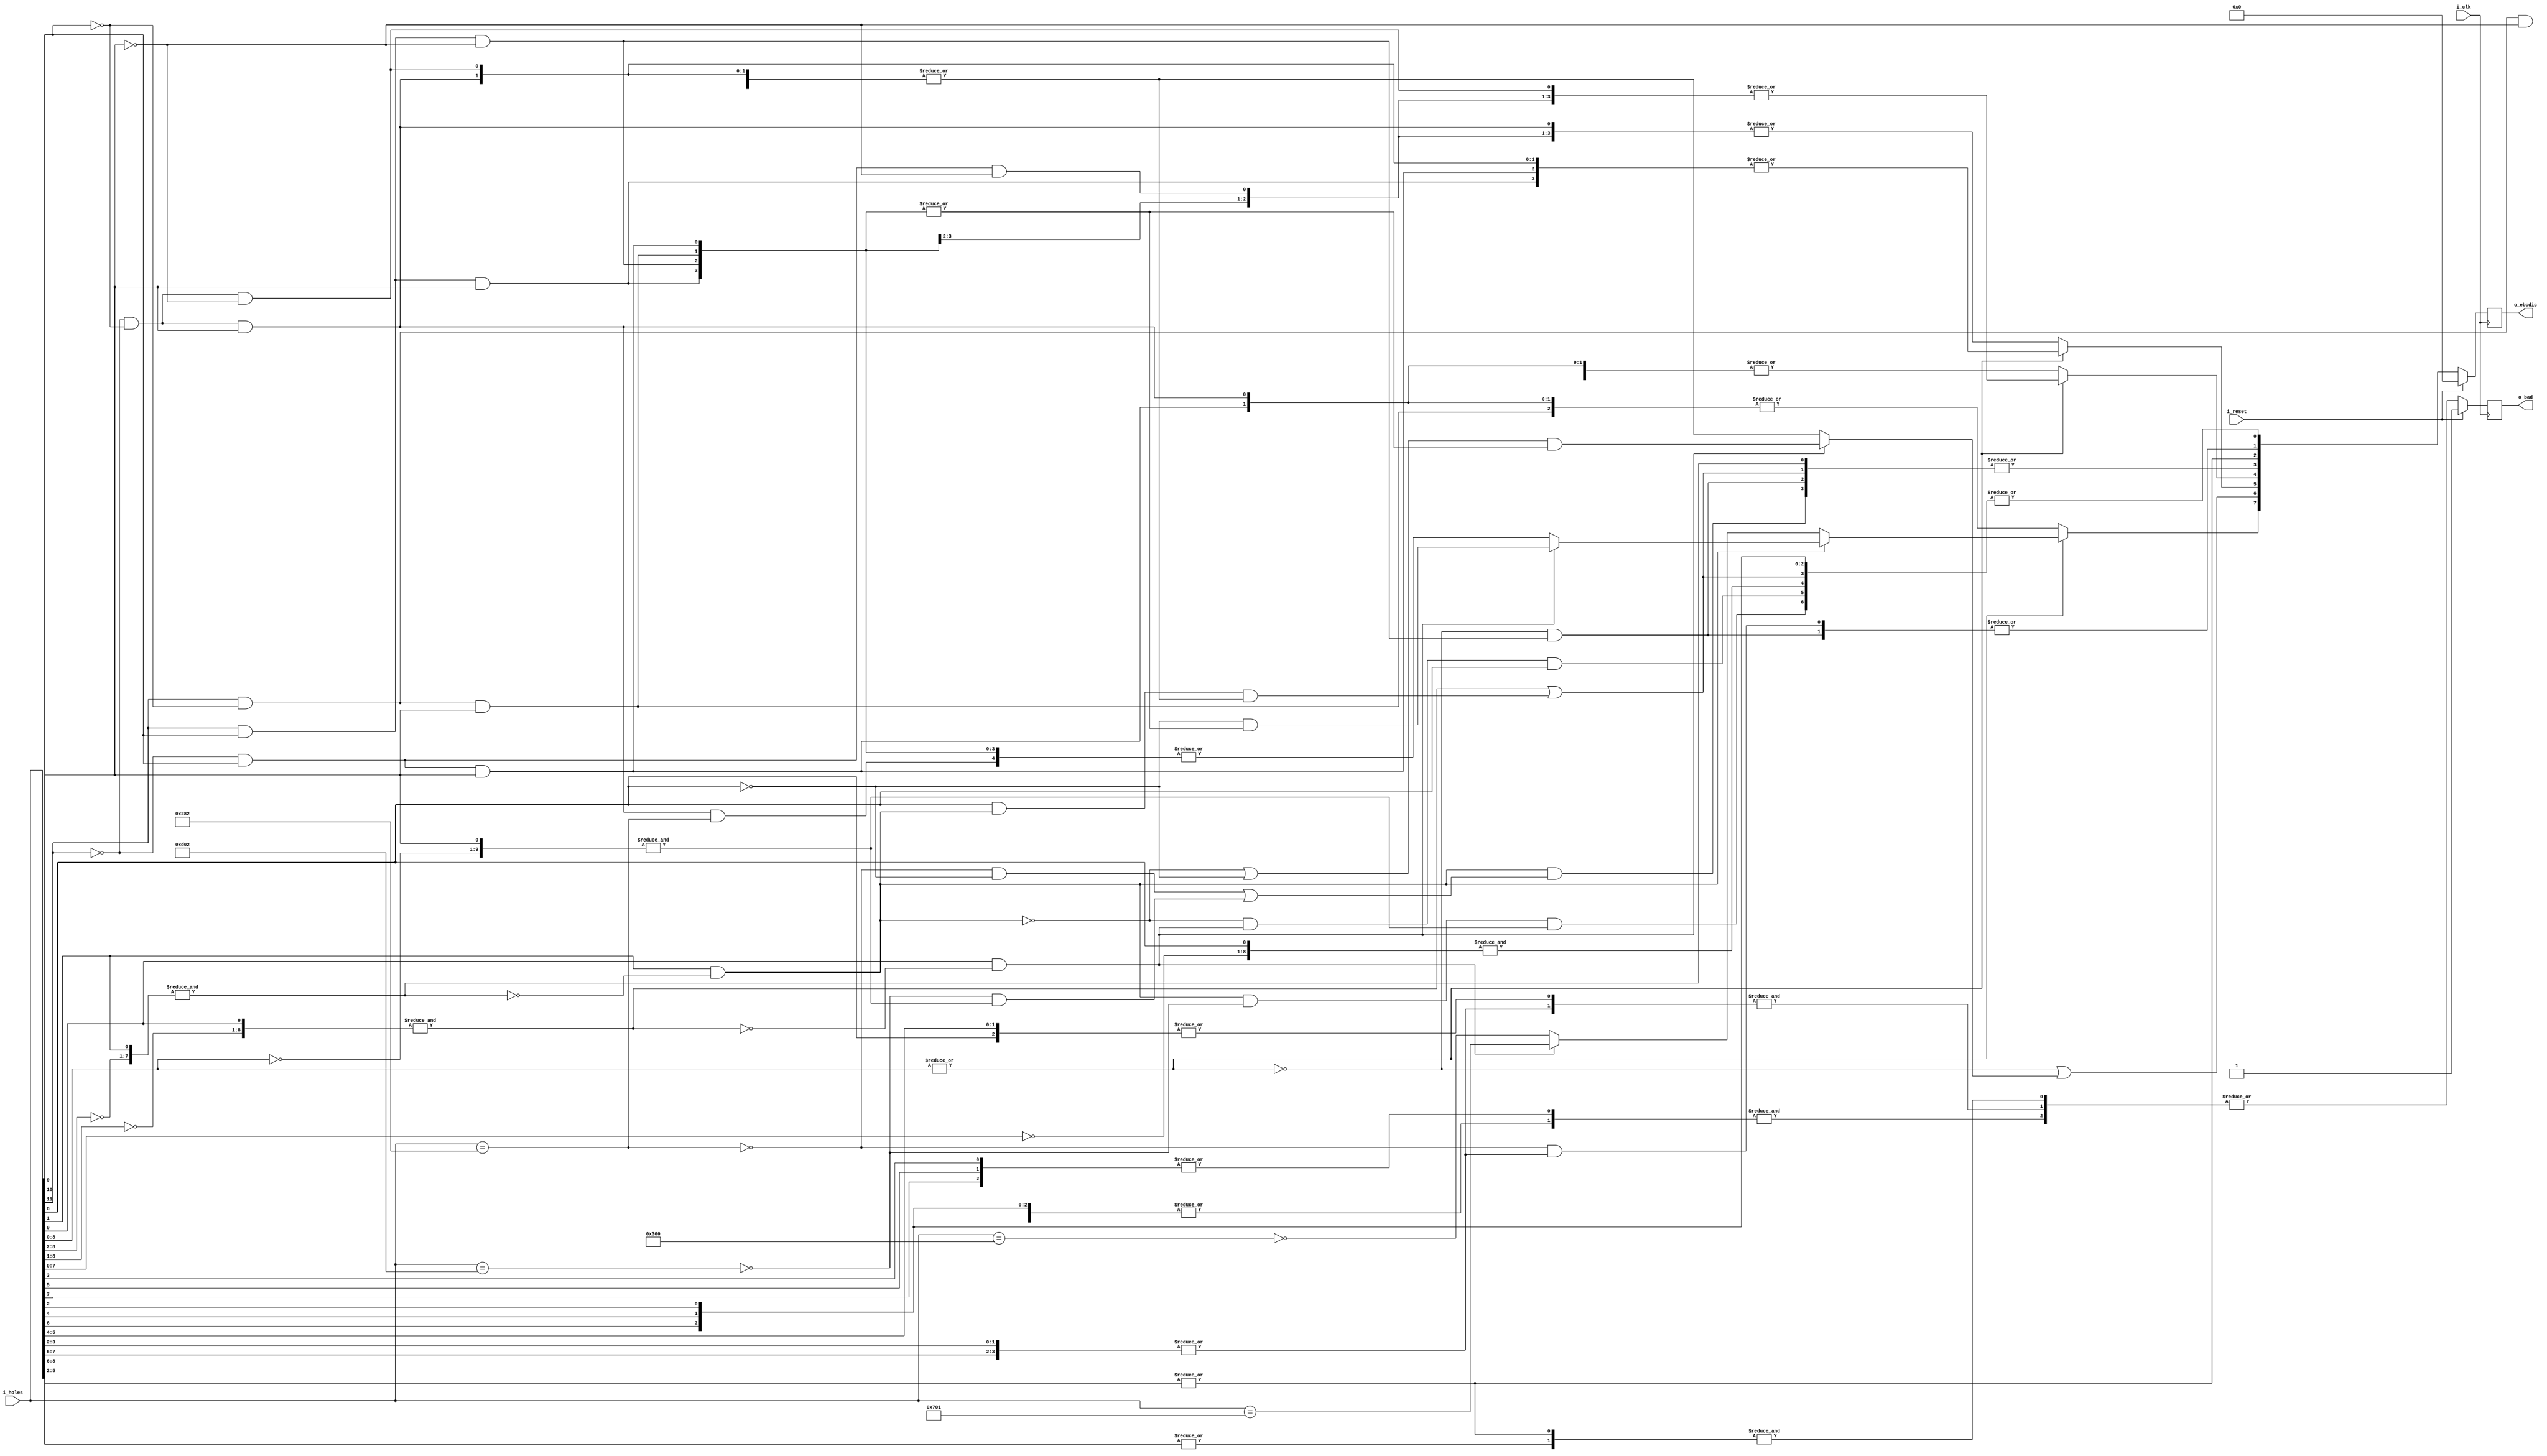
`default_nettype   none
module ccc12(i_clk, i_reset,
	i_holes,
	o_ebcdic,
	o_bad);

input wire i_clk;
input wire i_reset;
input wire [11:0] i_holes;
output reg [7:0] o_ebcdic;
output reg o_bad;

// rcornwell hole assignment
// t 800  8 2   4 20	t=twelve top of card
// e 400  7 4   3 40	e = eleven
// 0 200  6 8   2 80
// 9 1    8 10  1 100	9 = bottom of card

// ref: A24-3373-2_Model_30_Operating_Guide_Dec66.pdf
// page 42: Figure 14A. Extended Binary Coded Decimal Interchange Code

localparam xT = 11;	// 800
localparam xE = 10;	// 400
localparam x0 = 9;	// 200
localparam x1 = 8;	// 100
localparam x2 = 7;	// 80
localparam x3 = 6;	// 40
localparam x4 = 5;	// 20
localparam x5 = 4;	// 10
localparam x6 = 3;	// 8
localparam x7 = 2;	// 4
localparam x8 = 1;	// 2
localparam x9 = 0;	// 1

wire bT = i_holes[xT];
wire bE = i_holes[xE];
wire b0 = i_holes[x0];
wire b1 = i_holes[x1];
wire b2 = i_holes[x2];
wire b3 = i_holes[x3];
wire b4 = i_holes[x4];
wire b5 = i_holes[x5];
wire b6 = i_holes[x6];
wire b7 = i_holes[x7];
wire b8 = i_holes[x8];
wire b9 = i_holes[x9];

wire digit8,digit9,digit1,zone8,zone9;
wire is_282,is_d02,is_701,is_300;
wire r7,r6,r5,r4,r3,r2,r1,r0;
wire Z0,Z1,Z2,Z3,Z4,Z5,Z6,Z7;
assign Z0=!bT&!bE&!b0;	// 000 -
assign Z1 = !bT&!bE&b0;	// 200 0
assign Z2 = !bT&bE&!b0;	// 400 E
assign Z3 = !bT&bE&b0;	// 600 E0
assign Z4 = bT&!bE&!b0;	// 800 T
assign Z5 = bT&!bE&b0;	// a00 T0
assign Z6 = bT&bE&!b0;	// c00 TE
assign Z7 = bT&bE&b0;	// e00 TE0

wire Dzero = ~|i_holes[x1:x9];
wire Done = &{i_holes[x0],~i_holes[x1:x9]};
assign is_282 = i_holes == 12'h282;
assign is_d02 = i_holes == 12'hd02;
assign is_701 = i_holes == 12'h701;
assign is_300 = i_holes == 12'h300;

wire next_bad = |{&{|{b1,b3,b5,b7},|{b2,b4,b6}},
		&{|{b2,b3,b6,b7},|{b1,b4,b5}},
		&{|{b4,b5,b6,b7},|{b1,b2,b3}}};
wire sets_one = |{b3,b5,b7};			// 357
wire sets_two = !is_282 & |{b2,b3,b6,b7};	// 2367
wire sets_four = |{b4,b5,b6,b7};		// 4567
wire [7:0] next_ebcdic;
assign next_ebcdic = {r7,r6,r5,r4,r3,r2,r1,r0};
assign digit8 = &{~i_holes[x1:x7],b8};		// [^1-7]*8
wire digit9_t =  &{~i_holes[x1:x8],b9};		// [^1-8]*9
assign digit9 = digit9_t | &{b1&zone8&|{Z0,Z1,Z2,Z4}};	// 18
assign digit1 = &{b1,~i_holes[x2:x9]};		// 1[^1-9]*
assign zone8 = b8 & ~digit8;
assign zone9 = b9 & ~digit9_t;
assign r0 = |{ sets_one				// 357
		, digit1			// non-zone 1
		, digit9			// non-zone 9
		, (zone8 && !is_d02 && Done)	// [^0]18[^9]
		, (!zone8 && zone9 && b1) };
assign r1 = |{ sets_two , (Dzero & Z6) };	// any of 2367 or just TE
assign r2 = sets_four;			// 4567
assign r3 = |{ digit8 , digit9		// either 8,9
		, (Dzero & Z6)		// just TE
		, (zone8 &		// 8
			((!is_282 & !b1)	// not 282 and not 1
			| (!is_d02 & Done))) };	// 1 except TE18

assign r7 = (Dzero) ? |{Z1 , Z3 , Z5}
	: !zone8 ? ((!zone9) ? !is_300 : is_701)
	: !zone9 ? |{(Z1 & is_282),Z3,Z5,Z6,Z7}
		: (!b1 & |{Z3, Z5, Z6, Z7});
assign r6 = Dzero |
	(!zone9 ? |({Z0,Z1,Z2,Z4})
	: ((!zone8 | !b1) & |{Z3,Z5,Z6,Z7}));
assign r5=(Dzero) ? |{Z1,Z2,Z6,Z7} : (|{Z0,Z1,Z3,Z7});
assign r4=(Dzero) ? |{Z1,Z3,Z4,Z7} : (|{Z0,Z2,Z6,Z7});

always @(posedge i_clk)
	if (i_reset) begin
		o_ebcdic <= 0;
		o_bad <= 1;
	end else begin
		o_ebcdic <= next_ebcdic;
		o_bad <= next_bad;
	end

endmodule